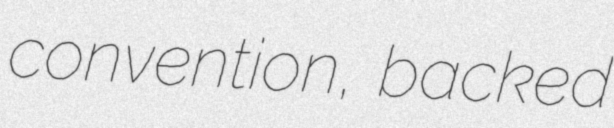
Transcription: convention, backed